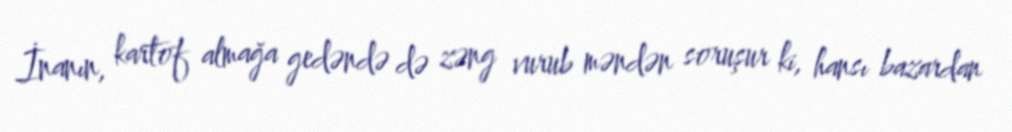
İnanın, kartof almağa gedəndə də zəng vurub məndən soruşur ki, hansı bazardan